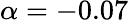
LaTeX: \alpha=-0.07